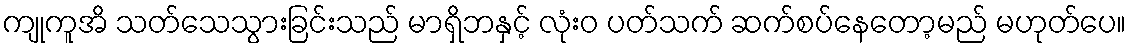
ကျုကူအိ သတ်သေသွားခြင်းသည် မာရှိဘနှင့် လုံးဝ ပတ်သက် ဆက်စပ်နေတော့မည် မဟုတ်ပေ။